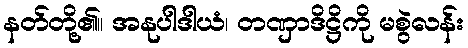
နတ်တို့၏။ အနုပါဒါယံ၊ တဏှာဒိဋ္ဌိကို မစွဲလန်း